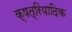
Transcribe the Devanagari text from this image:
क्षत्रियादिक